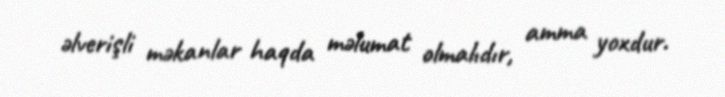
əlverişli məkanlar haqda məlumat olmalıdır, amma yoxdur.